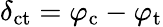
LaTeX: \delta_{\mathrm{ct}}=\varphi_{\mathrm{c}}-\varphi_{\mathrm{t}}